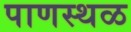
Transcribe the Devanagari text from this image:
पाणस्थळ